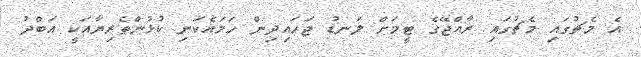
އެ މެޗުގައި މެޗުގައި ރާއްޖޭގެ ޓީމަށް ލަނޑު ޖަހައިދިން ހަމައެކަނި ކުޅުންތެރިޔާއަކީ އަބްދު